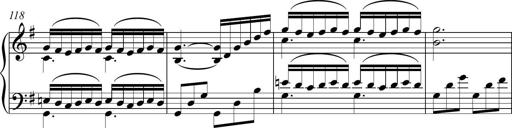
Title: Piano Sonatina in A major
Composer: Z Q Sysmoebius
Key: A major